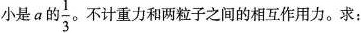
小是a的 \frac{1}{3} 不计重力和两粒子之间的相互作用力。求：